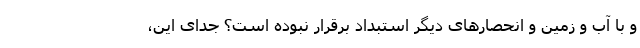
و با آب و زمین و انحصارهای دیگر استبداد برقرار نبوده است؟ جدای این،